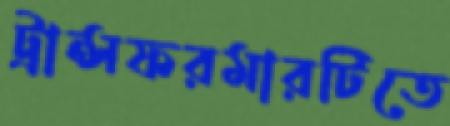
ট্রান্সফরমারটিতে